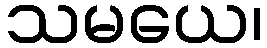
သမယေ၊